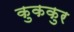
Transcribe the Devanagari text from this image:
कुककुर